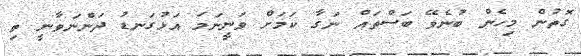
ގޮތުން މިހެން ބުނެވޭ ބަސްތައް ނަގާ ކަމަށް ވަނީނަމަ އަޅުގަނޑު ދަންނަވާނީ ތި